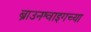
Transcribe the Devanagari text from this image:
ब्राउनश्वाइगच्या